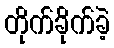
တိုက်ခိုက်ခဲ့